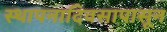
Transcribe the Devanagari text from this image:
स्थापनादिवसापासून